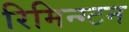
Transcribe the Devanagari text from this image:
रिमिन्ग्टन